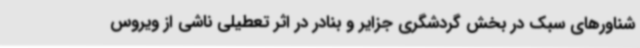
شناورهای سبک در بخش گردشگری جزایر و بنادر در اثر تعطیلی ناشی از ویروس